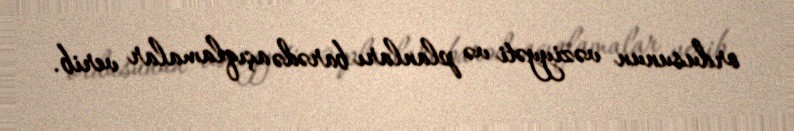
ordusunun vəziyyəti və planları barədə açıqlamalar verib.